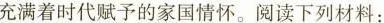
充满着时代赋予的家国情怀。阅读下列材料：